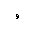
Letter: _waw